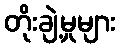
တိုးချဲ့မှုများ